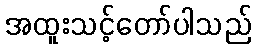
အထူးသင့်တော်ပါသည်